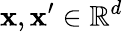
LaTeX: \mathbf{x},\mathbf{x^{\prime}}\in\mathbb{R}^{d}